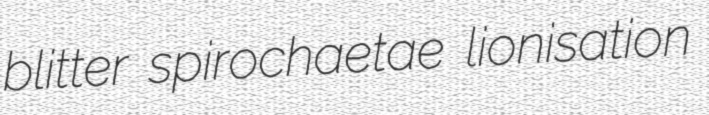
blitter spirochaetae lionisation